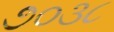
૭૦૩૮